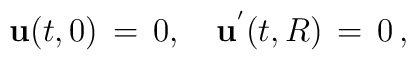
{\bf u}(t,0)\,=\,0,\quad {\bf u}^{'}(t,R)\,=\,0\,{,}